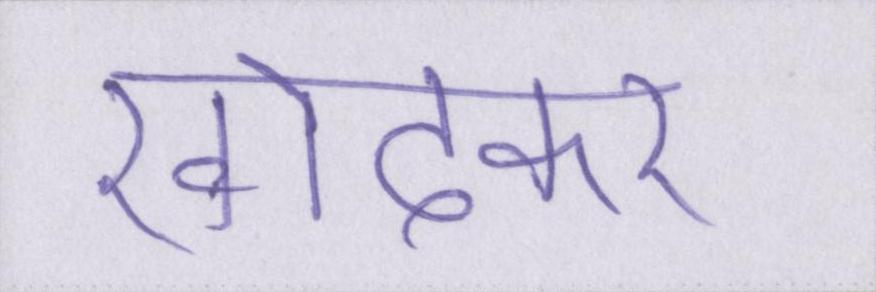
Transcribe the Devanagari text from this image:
खोदकर